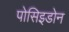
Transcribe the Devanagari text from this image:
पोसिइडोन